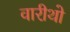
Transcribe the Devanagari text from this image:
वारीथो